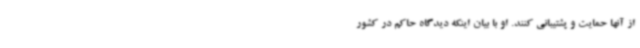
از آنها حمایت و پشتیبانی کنند. او با بیان اینکه دیدگاه حاکم در کشور